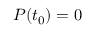
P ( t _ { 0 } ) = 0